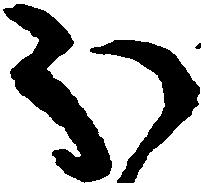
ほ